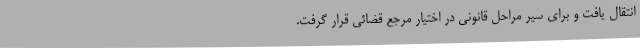
انتقال یافت و برای سیر مراحل قانونی در اختیار مرجع قضائی قرار گرفت.